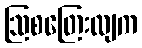
ဩစတြေးလျက